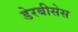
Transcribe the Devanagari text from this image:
डेरबीसेस